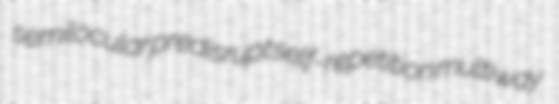
semilocular predisrupt self-repetition multiway